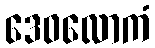
ဒေဝလောကံ